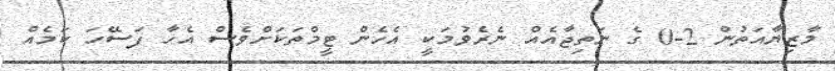
މާޒިޔާއަތުން 2-0 ގެ ނަތިޖާއެއް ނެރެވުމަކީ އެހެން ޓީމްތަކަށްވެސް އެހާ ފަސޭހަ ކަމެއް